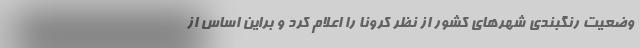
وضعیت رنگبندی شهرهای کشور از نظر کرونا را اعلام کرد و براین اساس از